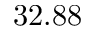
3 2 . 8 8